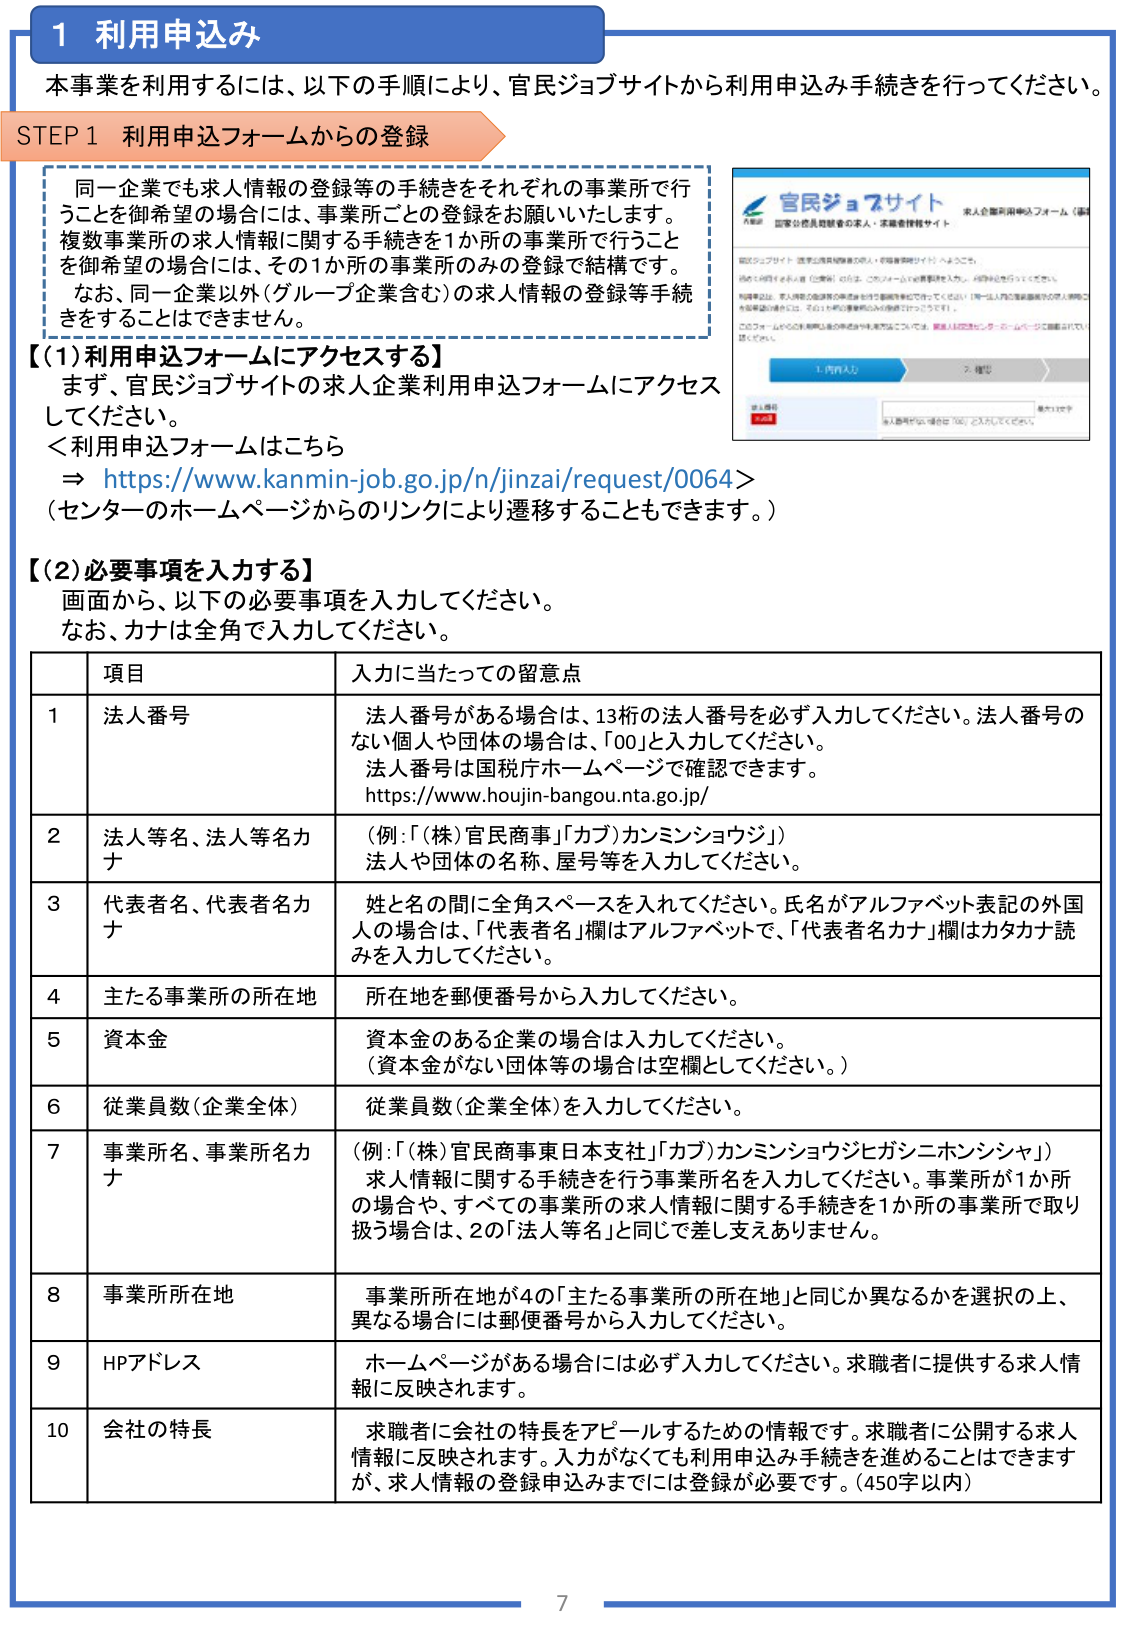
1 利用申込み

本事業を利用するには、以下の手順により、官民ジョブサイトから利用申込み手続きを行ってください。

STEP 1 利用申込フォームからの登録

同一企業でも求人情報の登録等の手続きをそれぞれの事業所で行うことを御希望の場合には、事業所ごとの登録をお願いいたします。複数事業所の求人情報に関する手続きを1か所の事業所で行うことを御希望の場合には、その1か所の事業所のみの登録で結構です。なお、同一企業以外（グループ企業含む）の求人情報の登録等手続きをすることはできません。

【(1)利用申込フォームにアクセスする】
まず、官民ジョブサイトの求人企業利用申込フォームにアクセスしてください。
＜利用申込フォームはこちら
⇒ https://www.kanmin-job.go.jp/n/jinzai/request/0064＞
（センターのホームページからのリンクにより遷移することもできます。）

【(2)必要事項を入力する】
画面から、以下の必要事項を入力してください。
なお、カナは全角で入力してください。

| 項目 | 入力に当たっての留意点 |
|------|------------------------|
| 1 | 法人番号<br>法人番号がある場合は、13桁の法人番号を必ず入力してください。法人番号のない個人や団体の場合は、「00」と入力してください。<br>法人番号は国税庁ホームページで確認できます。<br>https://www.houjin-bangou.nta.go.jp/ |
| 2 | 法人等名、法人等名カナ<br>（例：「(株)官民商事」「カブ）カンミンショウジ」）<br>法人や団体の名称、屋号等を入力してください。 |
| 3 | 代表者名、代表者名カナ<br>姓と名の間に全角スペースを入れてください。氏名がアルファベット表記の外国人の場合は、「代表者名」欄はアルファベットで、「代表者名カナ」欄はカタカナ読みを入力してください。 |
| 4 | 主たる事業所の所在地<br>所在地を郵便番号から入力してください。 |
| 5 | 資本金<br>資本金のある企業の場合は入力してください。<br>（資本金がない団体等の場合は空欄としてください。） |
| 6 | 従業員数（企業全体）<br>従業員数（企業全体）を入力してください。 |
| 7 | 事業所名、事業所名カナ<br>（例：「(株)官民商事東日本支社」「カブ）カンミンショウジヒガシニホンシヤ」）<br>求人情報に関する手続きを行う事業所名を入力してください。事業所が1か所の場合や、すべての事業所の求人情報に関する手続きを1か所の事業所で取り扱う場合は、2の「法人等名」と同じで差し支えありません。 |
| 8 | 事業所所在地<br>事業所所在地が4の「主たる事業所の所在地」と同じか異なるかを選択の上、異なる場合には郵便番号から入力してください。 |
| 9 | HPアドレス<br>ホームページがある場合には必ず入力してください。求職者に提供する求人情報に反映されます。 |
| 10 | 会社の特長<br>求職者に会社の特長をアピールするための情報です。求職者に公開する求人情報に反映されます。入力がなくても利用申込み手続きを進めることはできますが、求人情報の登録申込みまでには登録が必要です。（450字以内） |

官民ジョブサイト
求人企業利用申込フォーム（事）
人事院　国家公務員局職員の求人・求職者情報サイト

官民ジョブサイト（国家公務員局職員の求人・求職者情報サイト）へようこそ。

初めて利用する求人者（企業等）の方は、このフォームで登録を入力し、利用申込を行ってください。

利用申込は、求人情報の登録等の手続きを行う事業所単位で行ってください（同一法人内に複数事業所の求人情報ごと登録申込の場合は、その1か所の事業所のみの登録で行っています）。

このフォームからの利用申込後の申込や利用方法については、職員人材開発センターのホームページに掲載されてい
ますので、
詳しくは

1. 内容入力
2. 確認

求人番号
※求人番号の入力欄は「00」に入力してください。

7